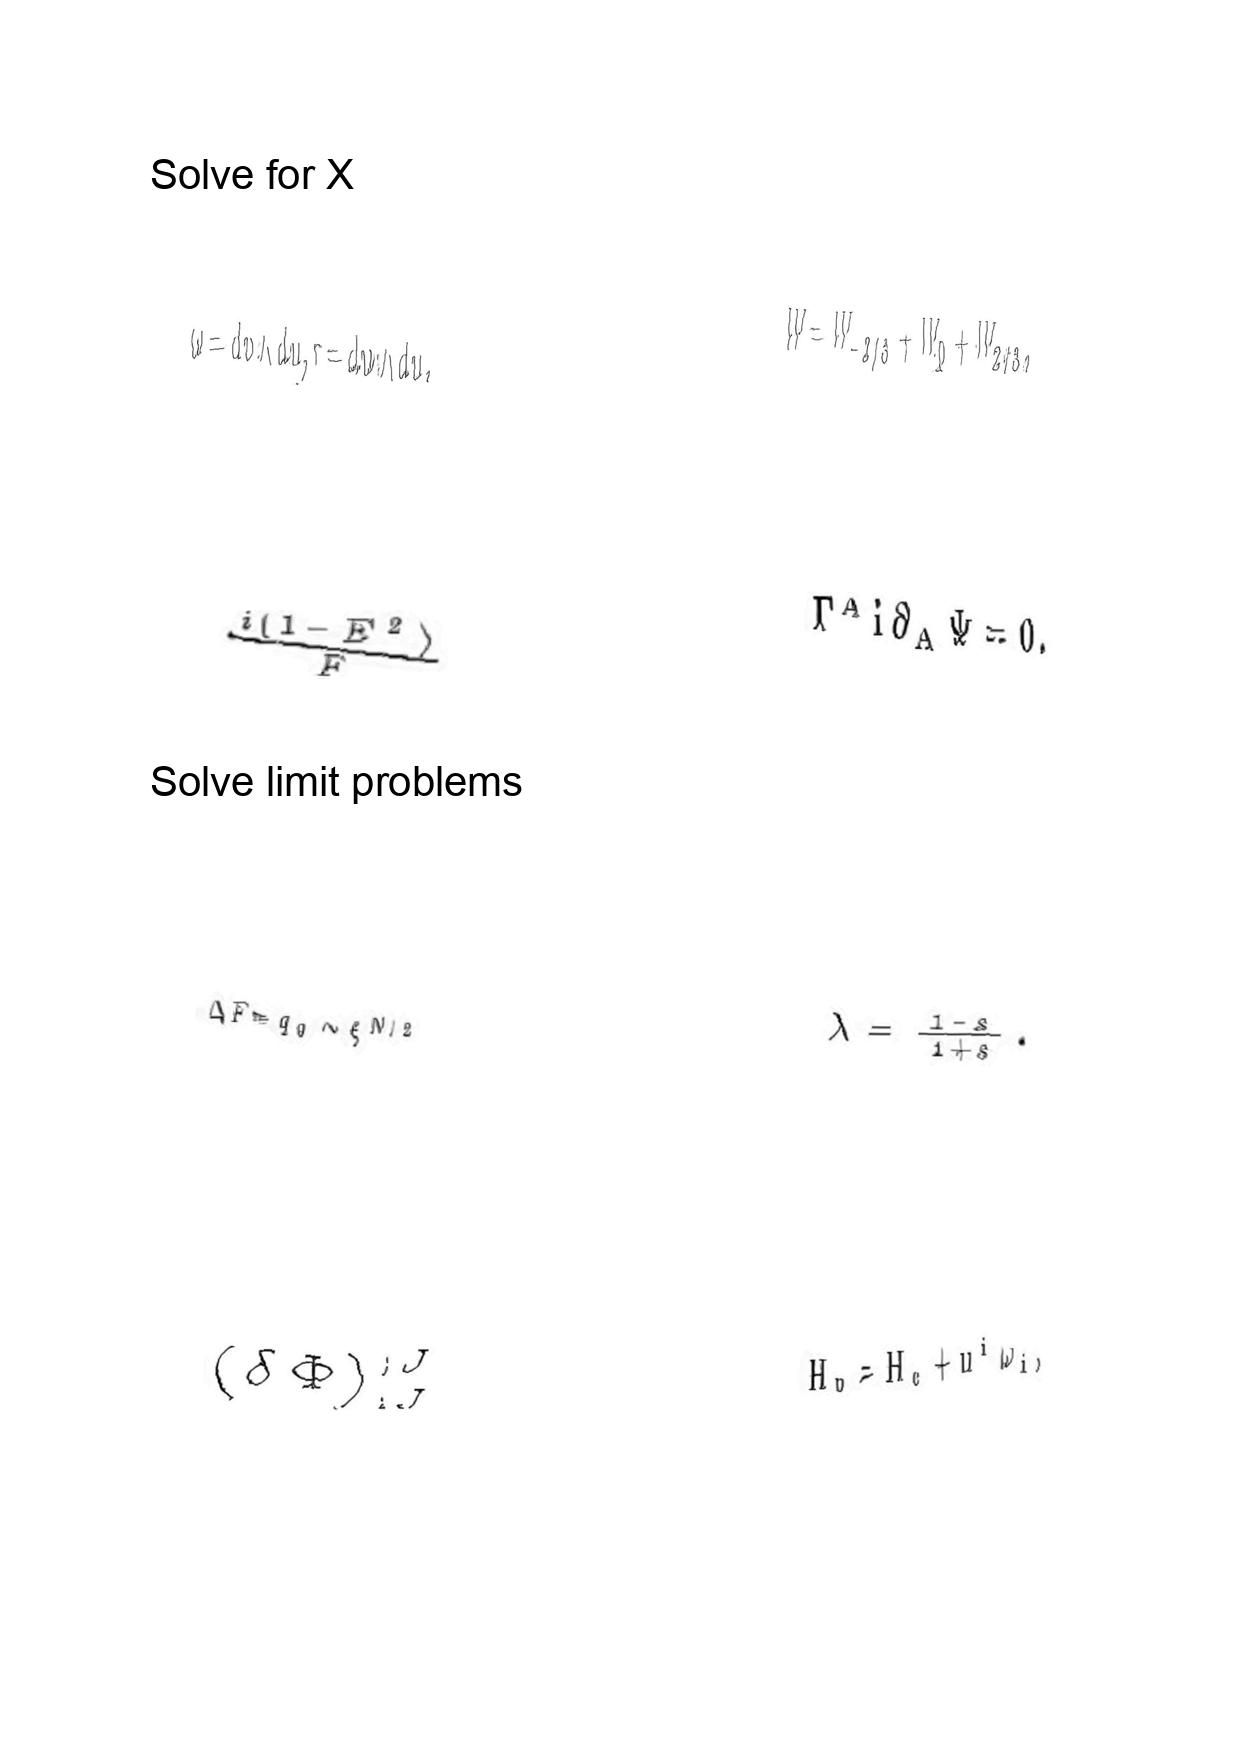
LaTeX transcription:
\omega = d v \wedge d u , \tau = d w \wedge d u .
\frac { i \lparen 1 - E ^ { 2 } \rparen } { F }
\Delta F = q _ { 0 } \sim \xi ^ { N / 2 }
\lparen \delta \Phi \rparen _ { ; J } ^ { ; J }
W = W _ { - 2 / 3 } + W _ { 0 } + W _ { 2 / 3 } ,
\Gamma ^ { A } i \partial _ { A } \Psi = 0 ,
\lambda = \frac { 1 - s } { 1 + s } .
H _ { p } = H _ { c } + u ^ { i } \omega _ { i } ,